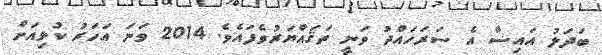
ބަދަލު އައިސް އެ ސަރަހައްދު ވަނީ ތަޤައްޔަރުވެފައެވެ. 2014 ވަނަ އަހަރު ކުޅިއަށް